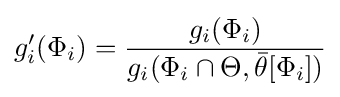
g'_{i}(\Phi _{i})={\frac {g_{i}(\Phi _{i})}{g_{i}(\Phi _{i}\cap \Theta ,{\bar {\theta }}[\Phi _{i}])}}